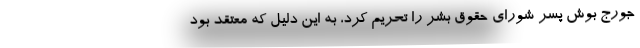
جورج بوش پسر شورای حقوق بشر را تحریم کرد، به این دلیل که معتقد بود